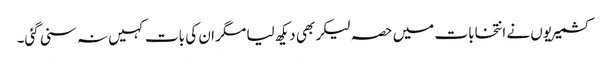
کشمیریوں نے انتخابات میں حصہ لیکر بھی دیکھ لیا مگر ان کی بات کہیں نہ سنی گئی۔